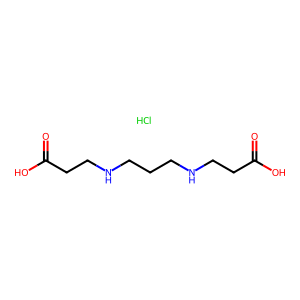
SMILES: Cl.O=C(O)CCNCCCNCCC(=O)O
Inhibits HIV replication: No